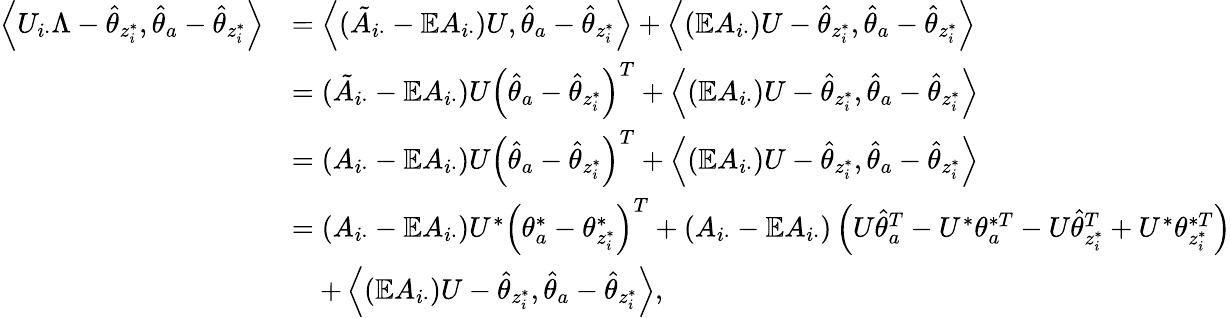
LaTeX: \begin{array}{rl}{\left\langle U_{i\cdot}\Lambda-\hat{\theta}_{z_{i}^{*}},\hat{\theta}_{a}-\hat{\theta}_{z_{i}^{*}}\right\rangle}&{=\left\langle(\tilde{A}_{i\cdot}-\mathbb{E}A_{i\cdot})U,\hat{\theta}_{a}-\hat{\theta}_{z_{i}^{*}}\right\rangle+\left\langle(\mathbb{E}A_{i\cdot})U-\hat{\theta}_{z_{i}^{*}},\hat{\theta}_{a}-\hat{\theta}_{z_{i}^{*}}\right\rangle}\\ &{=(\tilde{A}_{i\cdot}-\mathbb{E}A_{i\cdot})U\left(\hat{\theta}_{a}-\hat{\theta}_{z_{i}^{*}}\right)^{T}+\left\langle(\mathbb{E}A_{i\cdot})U-\hat{\theta}_{z_{i}^{*}},\hat{\theta}_{a}-\hat{\theta}_{z_{i}^{*}}\right\rangle}\\ &{=(A_{i\cdot}-\mathbb{E}A_{i\cdot})U\left(\hat{\theta}_{a}-\hat{\theta}_{z_{i}^{*}}\right)^{T}+\left\langle(\mathbb{E}A_{i\cdot})U-\hat{\theta}_{z_{i}^{*}},\hat{\theta}_{a}-\hat{\theta}_{z_{i}^{*}}\right\rangle}\\ &{=(A_{i\cdot}-\mathbb{E}A_{i\cdot})U^{*}\left(\theta_{a}^{*}-\theta_{z_{i}^{*}}^{*}\right)^{T}+(A_{i\cdot}-\mathbb{E}A_{i\cdot})\left(U\hat{\theta}_{a}^{T}-U^{*}\theta_{a}^{*T}-U\hat{\theta}_{z_{i}^{*}}^{T}+U^{*}\theta_{z_{i}^{*}}^{*T}\right)}\\ &{\quad+\left\langle(\mathbb{E}A_{i\cdot})U-\hat{\theta}_{z_{i}^{*}},\hat{\theta}_{a}-\hat{\theta}_{z_{i}^{*}}\right\rangle,}\end{array}